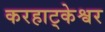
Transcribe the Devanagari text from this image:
करहाट्केश्वर